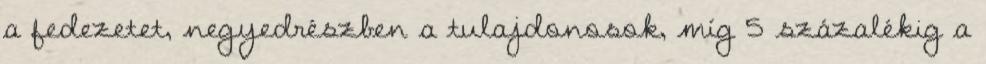
a fedezetet, negyedrészben a tulajdonosok, míg 5 százalékig a